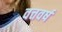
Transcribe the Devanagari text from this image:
वत्तवर्ष